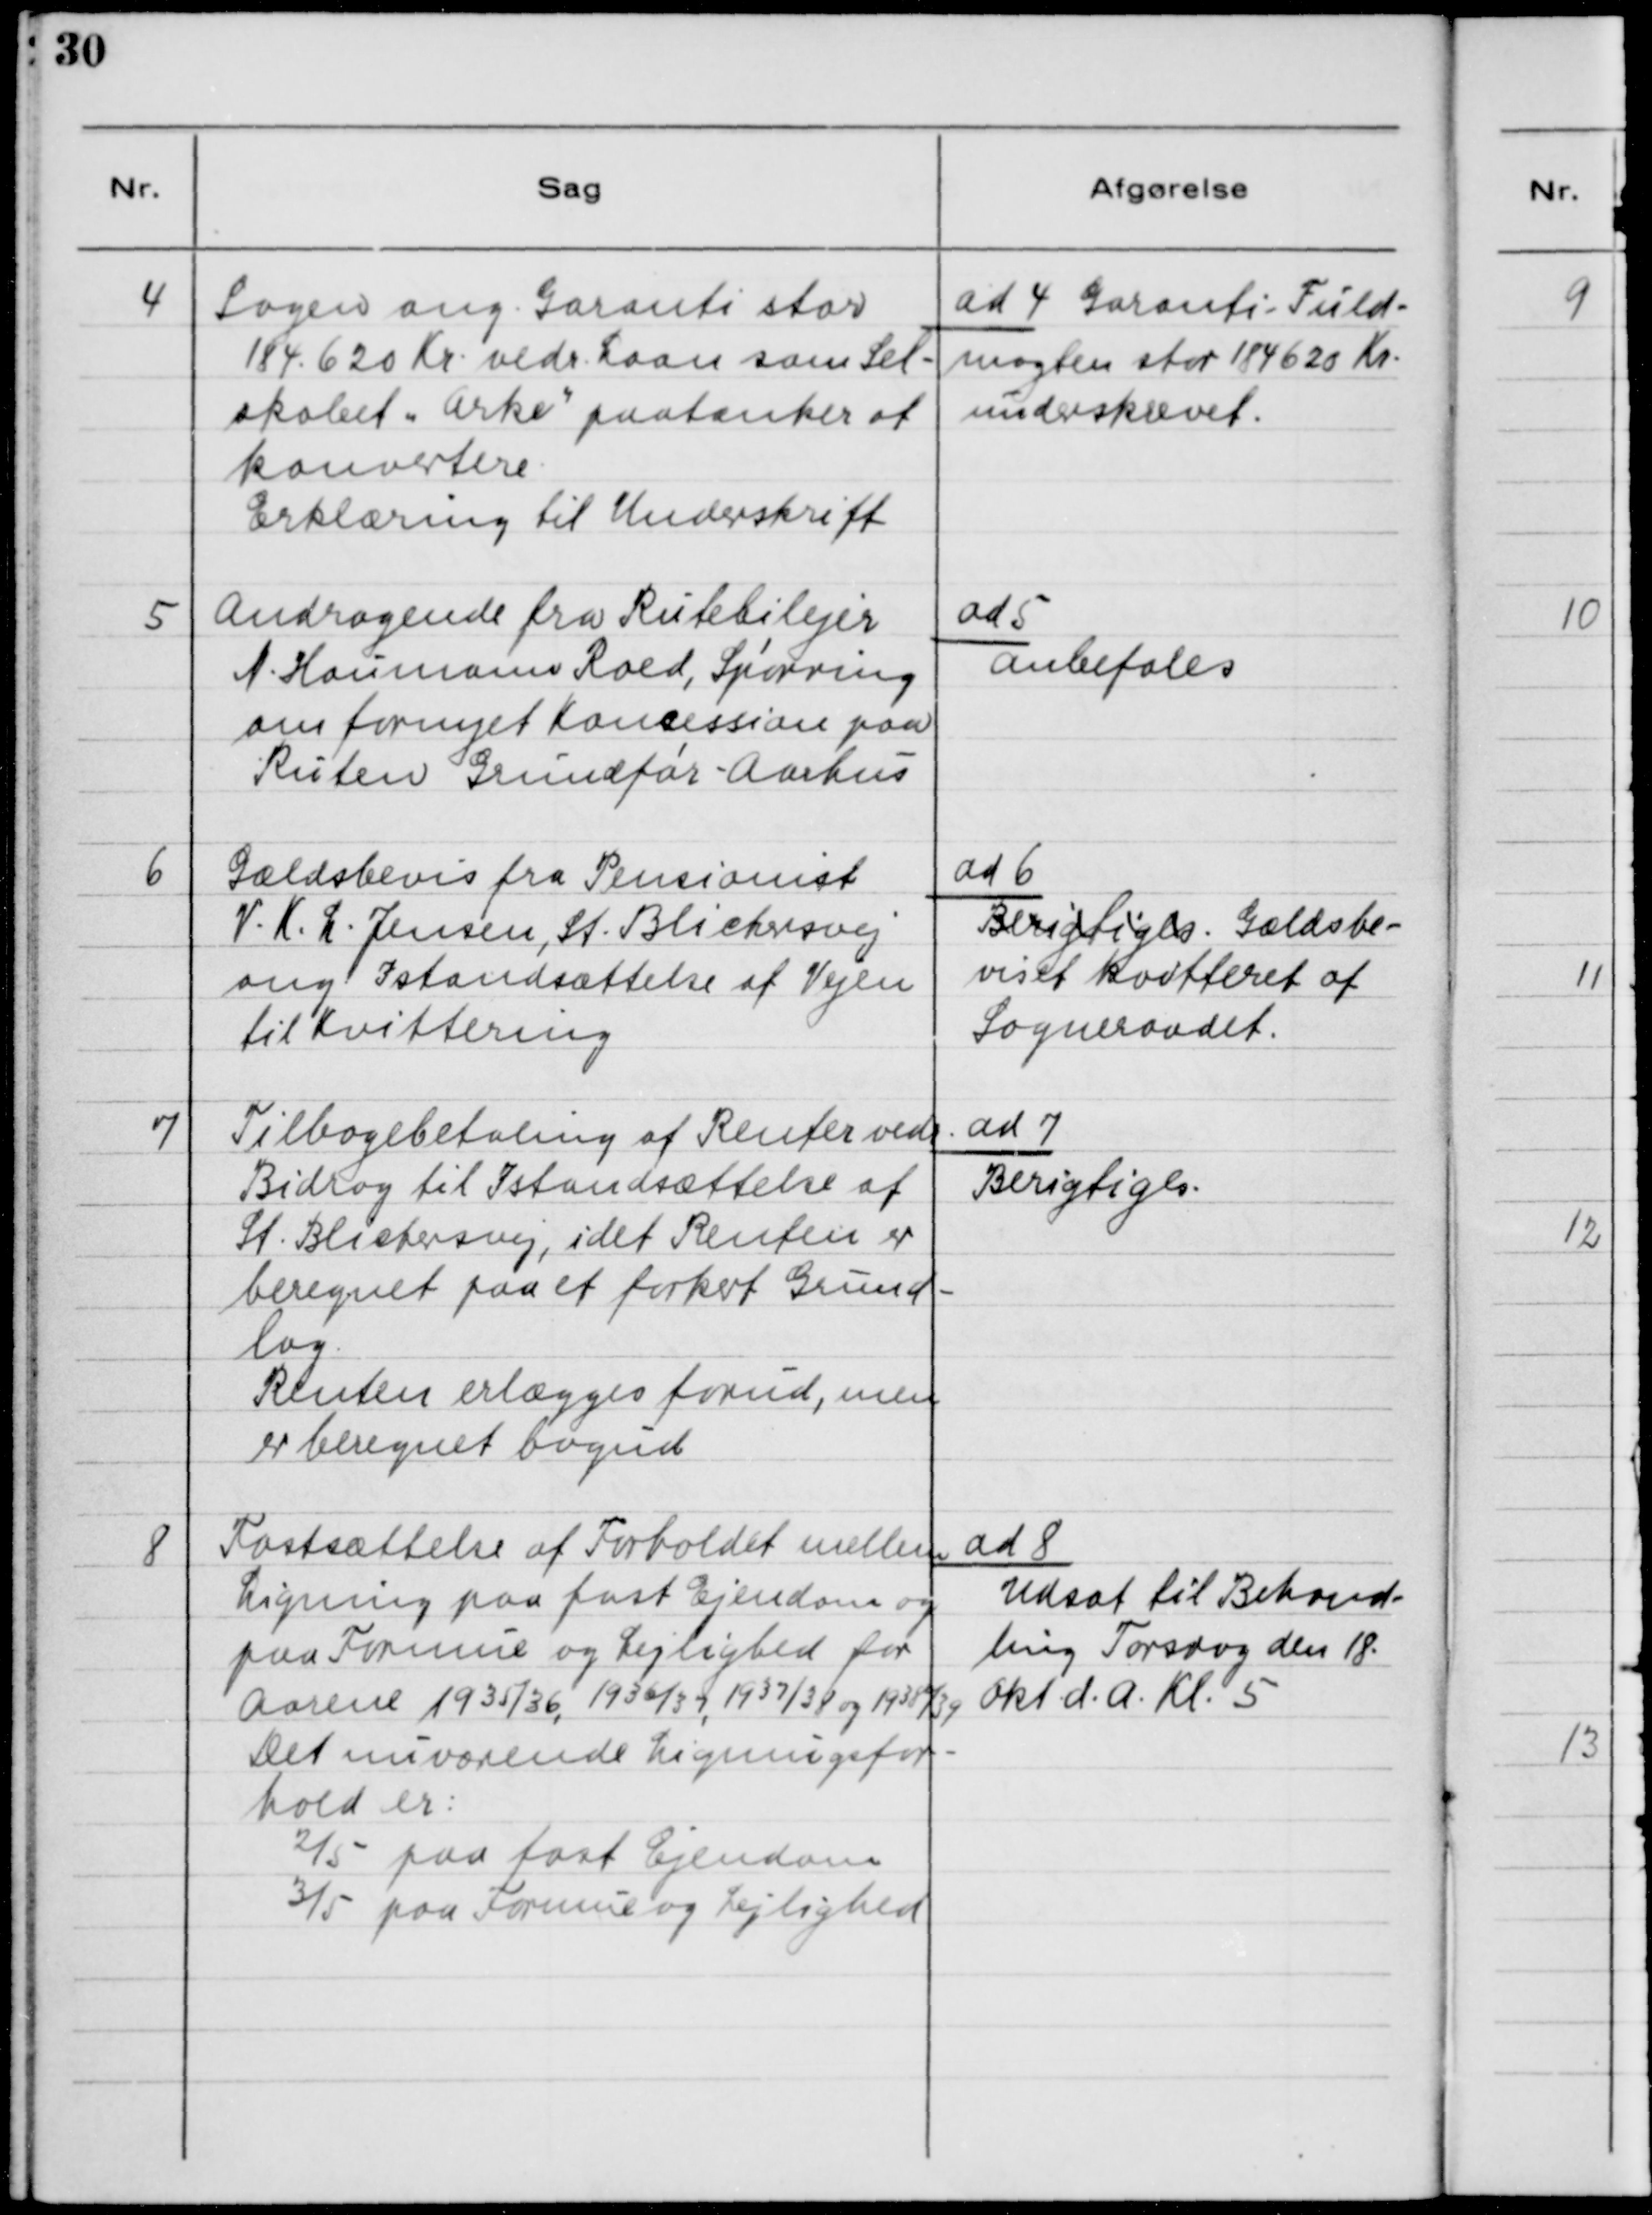
Transskription:
4

Sagen ang. Garanti stor
184.620 Kr. vedr. Laan som Sel-
skabet "Arke" paatænker at
konvertere.
Erklæring til Underskrift.

ad 7. Garanti-Fuld-
magten stor 184620 Kr.
underskrevet.

5

Andragende fra Rutebilejer
A. Houmann Roed, Spørring
om fornyet Koncession paa
Ruten Grundfør - Aarhus

ad 5.
Anbefales

6

Gældsbevis fra Pensionist
V.K.L. Jensen, St. Blichersvej
ang. Istandsættelse af Vejen
til Kvittering.

ad 6.
Berigtiges  Gældsbe-
viset kvitteret af
Sogneraadet.

7

Tilbagebetaling af Renter ved
Bidrag til Istandsættelse af
St. Blichersvej, idet Renten er
beregnet paa et forkert Grund-
lag.
Renten erlægges forud, men
er beregnet bagud.

ad 7.
Berigtiges.

8

Fastsættelse af Forholdet mellem
Ligning paa fast Ejendom og
paa Formue og Lejlighed for
Aarene 1935/36, 1936/37, 1937/38 og 1938/39
Det nuværende Ligningsfor-
hold er:
2/5 paa fast Ejendom
3/5 paa Formue og Lejlighed

ad 8
Udsat til Behand-
ling Torsdag den 18. 
Okt. d.A. kl. 5